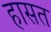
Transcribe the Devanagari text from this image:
हासत